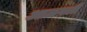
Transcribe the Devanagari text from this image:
आळवली